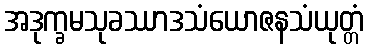
အဒုက္ခမသုခဿာဒသံယောဇနသံယုတ္တံ